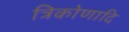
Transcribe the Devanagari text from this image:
त्रिकोणादि